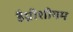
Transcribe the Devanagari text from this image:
हैग्नीशीयम